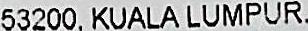
53200, KUALA LUMPUR.